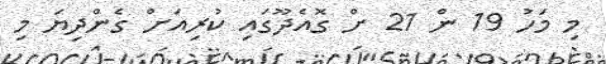
މި މަހު 19 ން 21 ށް ގޮއެދޫގައި ކުރިއަށް ގެންދިޔަ މި